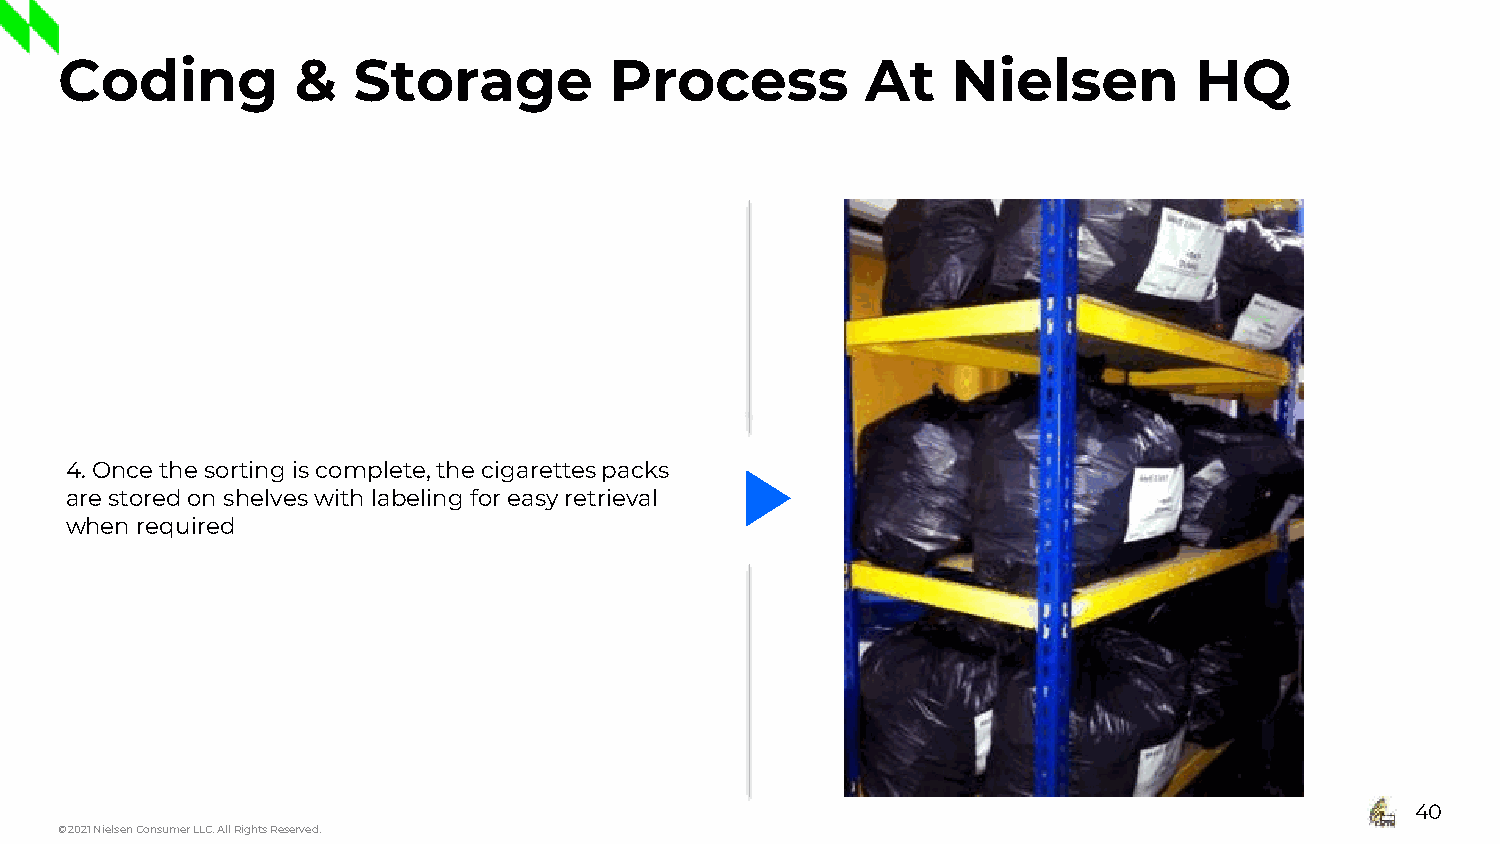
Coding          &  Storage          Process          At    Nielsen         HQ
 4. Once the sorting is complete, the cigarettes packs
 are stored on shelves with labeling for easy retrieval
 when required
 40
 © 2021 Nielsen Consumer LLC. All Rights Reserved.